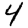
Digit: 4